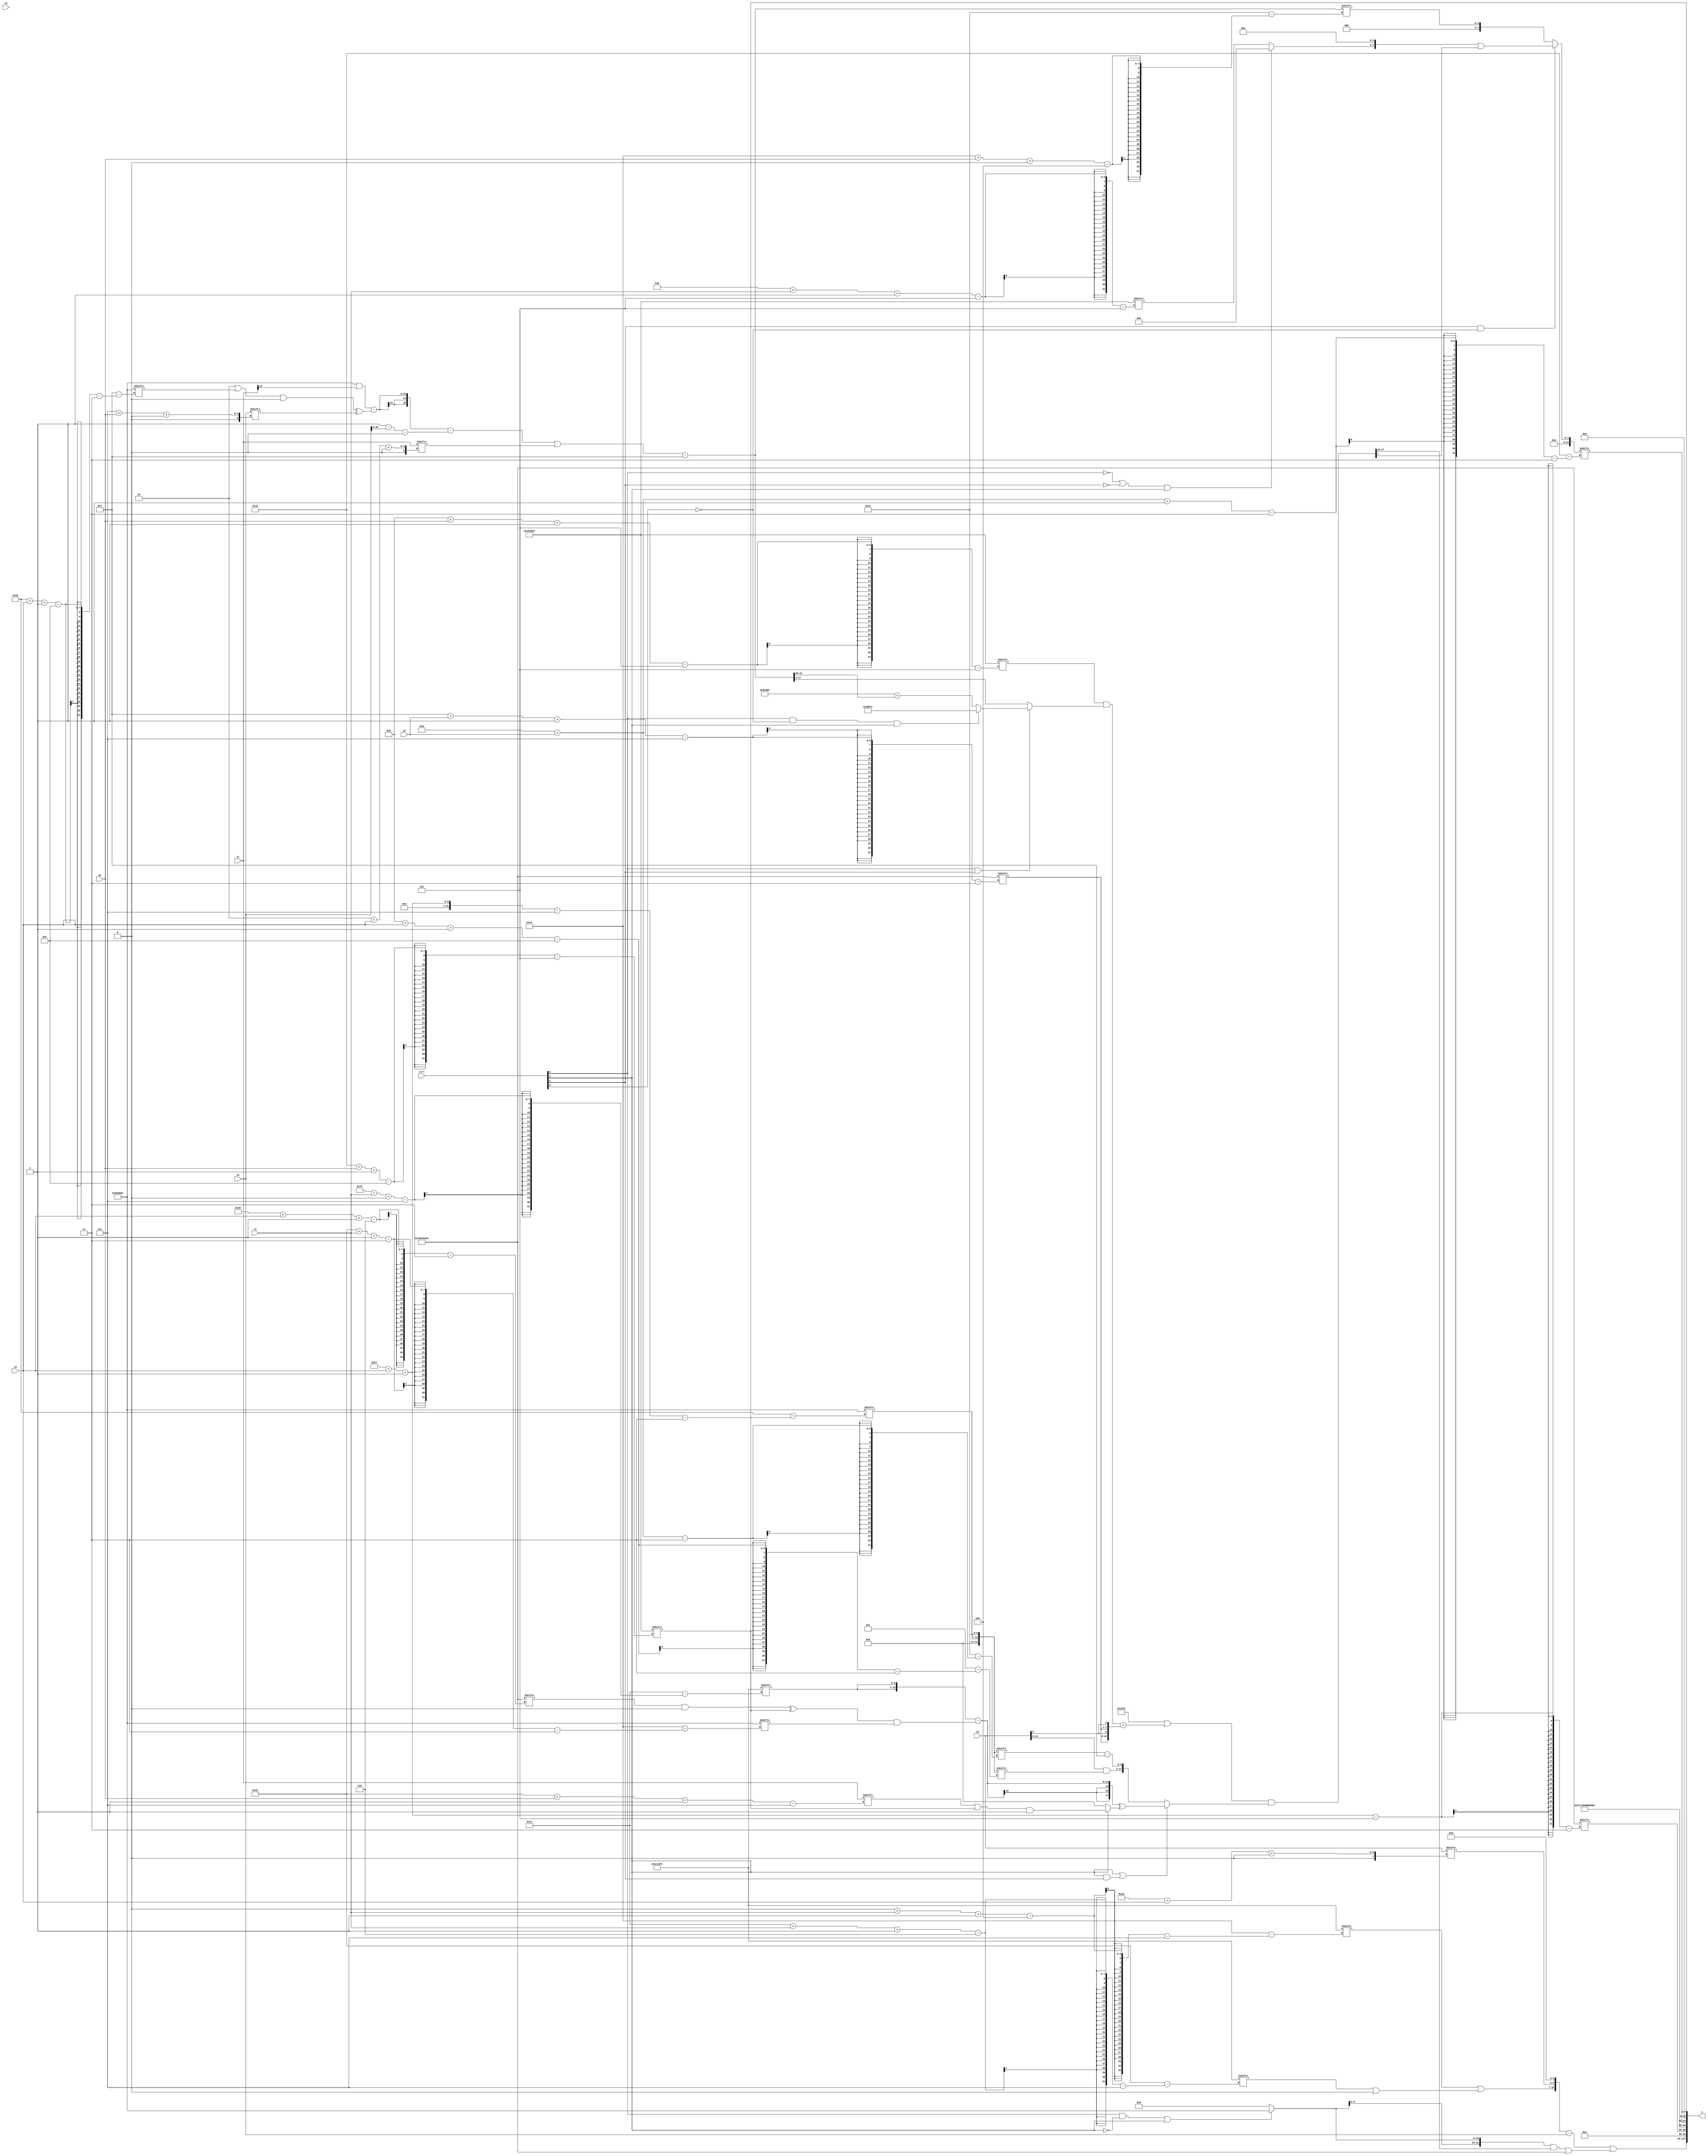
module partsel_00530(ctrl, s0, s1, s2, s3, x0, x1, x2, x3, y);
  input [3:0] ctrl;
  input [2:0] s0;
  input [2:0] s1;
  input [2:0] s2;
  input [2:0] s3;
  input signed [31:0] x0;
  input signed [31:0] x1;
  input [31:0] x2;
  input signed [31:0] x3;
  wire signed [4:29] x4;
  wire signed [4:29] x5;
  wire [1:28] x6;
  wire [3:24] x7;
  wire signed [29:6] x8;
  wire [0:24] x9;
  wire [28:3] x10;
  wire [6:27] x11;
  wire [7:29] x12;
  wire [6:28] x13;
  wire signed [3:27] x14;
  wire [31:6] x15;
  output [127:0] y;
  wire [31:0] y0;
  wire [31:0] y1;
  wire [31:0] y2;
  wire signed [31:0] y3;
  assign y = {y0,y1,y2,y3};
  localparam [25:5] p0 = 387178627;
  localparam [31:3] p1 = 274183230;
  localparam [7:30] p2 = 438047486;
  localparam signed [3:25] p3 = 576267877;
  assign x4 = {x1[8 +: 4], {x1[18 + s3 -: 3], (((((p3 | x1[12 +: 1]) - (((p3[13 -: 2] | p3[16 + s3 -: 8]) | p3[10]) ^ x2[7 + s0 +: 1])) - ((p3[19 +: 1] - x2) - p3[14])) | x1[2 + s3 +: 7]) - {2{p1[19 +: 2]}})}};
  assign x5 = p0[22 + s0 -: 8];
  assign x6 = x4[22];
  assign x7 = {2{p3[23 + s3 -: 7]}};
  assign x8 = (ctrl[2] || ctrl[1] && ctrl[1] ? (ctrl[2] && !ctrl[0] && ctrl[3] ? {p1, x6[9]} : (p0 + x4[8 +: 2])) : x4);
  assign x9 = {2{(ctrl[3] && ctrl[1] || ctrl[0] ? p2 : (({2{p3[27 + s0 +: 8]}} & p2) - x3))}};
  assign x10 = (({({2{p1[16 +: 4]}} & (x4[20 -: 3] - x0[11])), p2} | ({2{(p0[13 + s0 -: 5] & x8)}} + {2{{p1[15 + s2 -: 7], x0[9]}}})) & (ctrl[3] || ctrl[3] && ctrl[1] ? (({2{p2[31 + s1 +: 7]}} - (((p1[24 + s3 -: 6] & p0[11 +: 1]) ^ x5) & p3[18 + s1 -: 3])) ^ (!ctrl[2] && ctrl[2] || ctrl[3] ? ((x1[18 + s0 -: 7] | x5) & p0[18 +: 1]) : (p2 & p2[18 +: 1]))) : {2{{(x0 & x7[13 + s3 -: 8]), (x7[9 + s2] - p1[18 +: 4])}}}));
  assign x11 = p2[21 -: 4];
  assign x12 = (ctrl[0] && !ctrl[2] || !ctrl[2] ? x5[21 + s2 -: 6] : x9[27 + s0 +: 6]);
  assign x13 = x8[8 + s3 +: 6];
  assign x14 = (ctrl[1] && ctrl[1] && !ctrl[0] ? ({(!ctrl[2] || !ctrl[1] || ctrl[3] ? {2{(x7[18 + s0] & x11[16 +: 4])}} : p0[11 + s1 -: 5]), p0[12 +: 3]} | x10[10]) : x4[20 + s0 +: 5]);
  assign x15 = p2;
  assign y0 = (({(p2[0 + s1 -: 4] | (p2[17 + s1 -: 6] | p2[15 +: 2])), {x0[27 + s3 +: 3], x12[18 -: 4]}} - x2) | (({2{(ctrl[2] && !ctrl[3] || ctrl[3] ? p3 : p3[17 +: 1])}} & x10[19 +: 2]) | p1));
  assign y1 = {p1[23 + s3 -: 5], p0};
  assign y2 = x14[9 + s2 -: 3];
  assign y3 = x5;
endmodule